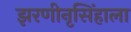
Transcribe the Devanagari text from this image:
झरणीनृसिंहाला